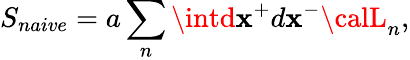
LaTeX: S_{naive}=a\sum_{n}\intd\mathbf{x}^{+}d\mathbf{x}^{-}{\calL}_{n},